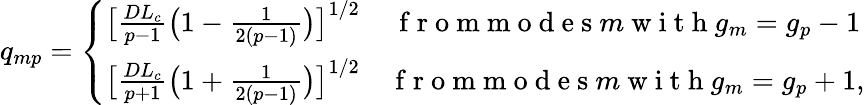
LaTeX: q_{mp}=\left\{ \begin{array}{cc}{\big[\frac{DL_{c}}{p-1}\big(1-\frac{1}{2(p-1)}\big)\big]^{1/2}}&{\mathrm{~f~r~o~m~m~o~d~e~s~}m\mathrm{~w~i~t~h~}g_{m}=g_{p}-1}\\ {\big[\frac{DL_{c}}{p+1}\big(1+\frac{1}{2(p-1)}\big)\big]^{1/2}}&{\mathrm{~f~r~o~m~m~o~d~e~s~}m\mathrm{~w~i~t~h~}g_{m}=g_{p}+1,}\end{array}\right.